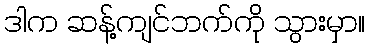
ဒါက ဆန့်ကျင်ဘက်ကို သွားမှာ။